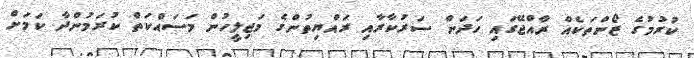
ކުރުމުގެ ޒޯންތަކެއް ރާއްޖޭގައި ހަދަން ސަރުކާރާއި ރައްޔިތުންގެ މަޖިލީހުން މަސައްކަތް ކުރަމުންދާ ކަމަށް